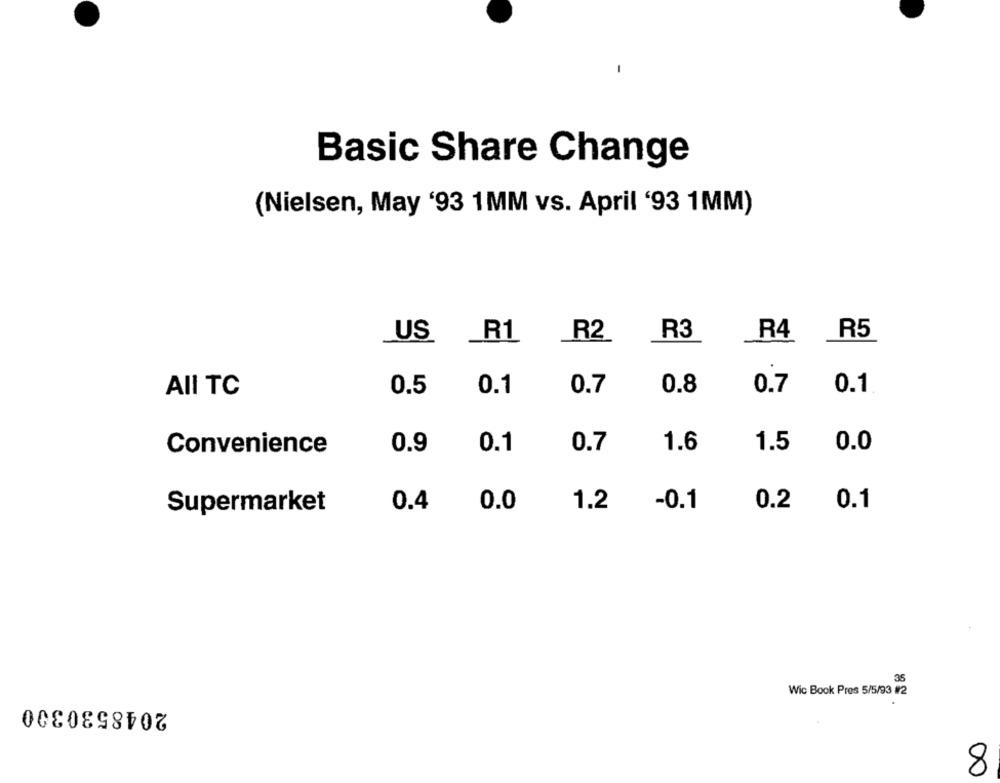
Basic Share Change
(Nielsen, May '93 1MM vs. April '93 1MM)
R3
R4
R5
US
_R1
R2
AII TC
0.5
0.1
0.7
0.8
0.7
0.1
1.5
0.0
Convenience
0.9
0.1
0.7
1.6
Supermarket
0.4
0.0
1.2
-0.1
0.2
0.1
35
Wic Book Pres 5/5/93 #2
2048530300
8